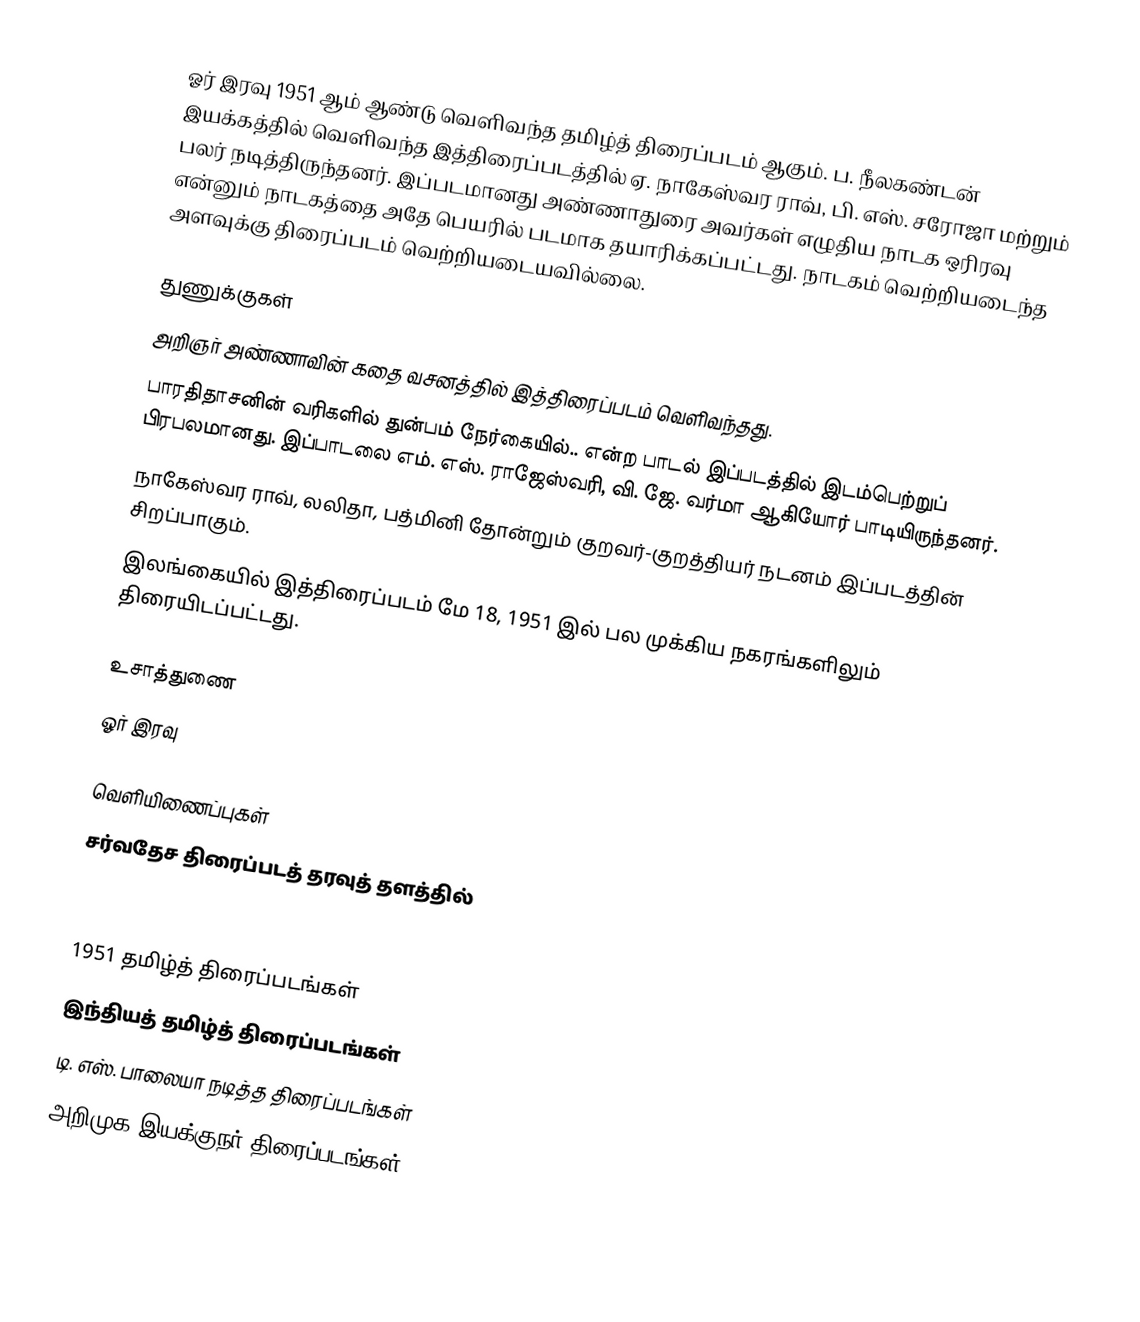
ஓர் இரவு 1951 ஆம் ஆண்டு வெளிவந்த தமிழ்த் திரைப்படம் ஆகும். ப. நீலகண்டன் இயக்கத்தில் வெளிவந்த இத்திரைப்படத்தில் ஏ. நாகேஸ்வர ராவ், பி. எஸ். சரோஜா மற்றும் பலர் நடித்திருந்தனர். இப்படமானது அண்ணாதுரை அவர்கள் எழுதிய நாடக ஒரிரவு என்னும் நாடகத்தை அதே பெயரில் படமாக தயாரிக்கப்பட்டது. நாடகம் வெற்றியடைந்த அளவுக்கு திரைப்படம் வெற்றியடையவில்லை.

துணுக்குகள்
 அறிஞர் அண்ணாவின் கதை வசனத்தில் இத்திரைப்படம் வெளிவந்தது.
 பாரதிதாசனின் வரிகளில் துன்பம் நேர்கையில்.. என்ற பாடல் இப்படத்தில் இடம்பெற்றுப் பிரபலமானது. இப்பாடலை எம். எஸ். ராஜேஸ்வரி, வி. ஜே. வர்மா ஆகியோர் பாடியிருந்தனர்.
 நாகேஸ்வர ராவ், லலிதா, பத்மினி தோன்றும் குறவர்-குறத்தியர் நடனம் இப்படத்தின் சிறப்பாகும்.
 இலங்கையில் இத்திரைப்படம் மே 18, 1951 இல் பல முக்கிய நகரங்களிலும் திரையிடப்பட்டது.

உசாத்துணை
 ஓர் இரவு

வெளியிணைப்புகள்
 சர்வதேச திரைப்படத் தரவுத் தளத்தில்

1951 தமிழ்த் திரைப்படங்கள்
இந்தியத் தமிழ்த் திரைப்படங்கள்
டி. எஸ். பாலையா நடித்த திரைப்படங்கள்
அறிமுக இயக்குநர் திரைப்படங்கள்